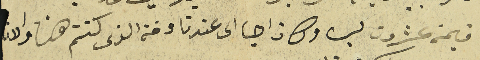
قيمة عشرون ليرة وكان اجا الى عندنا وقة الذى كنتم هنا والان